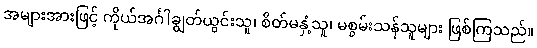
အများအားဖြင့် ကိုယ်အင်္ဂါချွတ်ယွင်းသူ၊ စိတ်မနှံ့သူ၊ မစွမ်းသန်သူများ ဖြစ်ကြသည်။